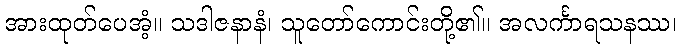
အားထုတ်ပေအံ့။ သဒါဇနာနံ၊ သူတော်ကောင်းတို့၏။ အလင်္ကာရသနဿ၊